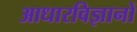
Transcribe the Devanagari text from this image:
आधारविज्ञानों